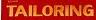
tailoring